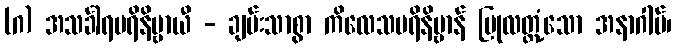
(ဂ) အသင်္ခါရပရိနိဗ္ဗာယီ - ချမ်းသာစွာ ကိလေသပရိနိဗ္ဗာန် ပြုလတ္တံ့သော အနာဂါမ်၊